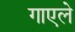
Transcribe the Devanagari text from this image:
गाएले